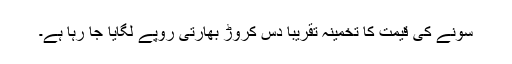
سونے کی قیمت کا تخمینہ تقریبا دس کروڑ بھارتی روپے لگایا جا رہا ہے۔